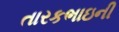
તારકભાઇની